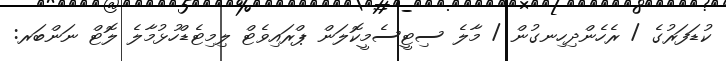
ކުޑަފަރުގެ / ރެހެންދިހިނގުން / މާލެ ސިޓީސެމީކޮލަން ޕްރައިވެޓް ލިމިޓެޑްހުޅުމާލެ ލޮޓް ނަންބަރ: